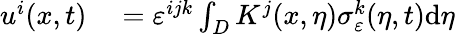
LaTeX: \begin{array}{rl}{u^{i}(x,t)}&{{}=\varepsilon^{ijk}\int_{D}K^{j}(x,\eta)\sigma_{\varepsilon}^{k}(\eta,t)\textrm{d}\eta}\end{array}